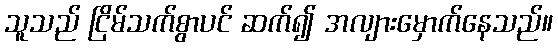
သူသည် ငြိမ်သက်စွာပင် ဆက်၍ အလျားမှောက်နေသည်။